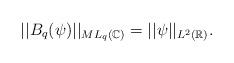
LaTeX: \begin{align*}||B_q(\psi)||_{ML_q(\mathbb{C})}=||\psi||_{L^2(\mathbb{R})}.\end{align*}